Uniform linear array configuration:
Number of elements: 32
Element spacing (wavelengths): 1
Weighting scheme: hamming
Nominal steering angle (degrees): -30
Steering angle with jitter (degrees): -29.527
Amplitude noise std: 0.05
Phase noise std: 0.05

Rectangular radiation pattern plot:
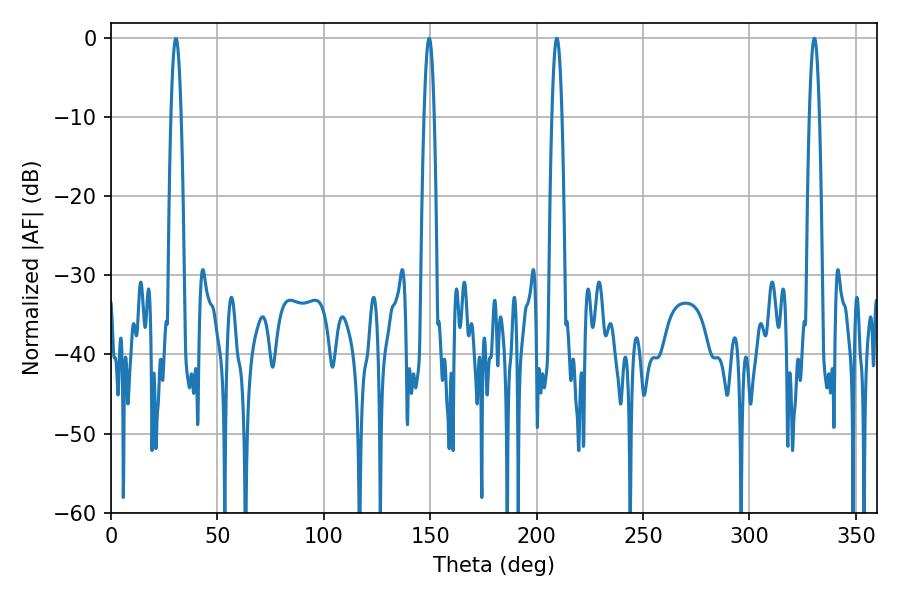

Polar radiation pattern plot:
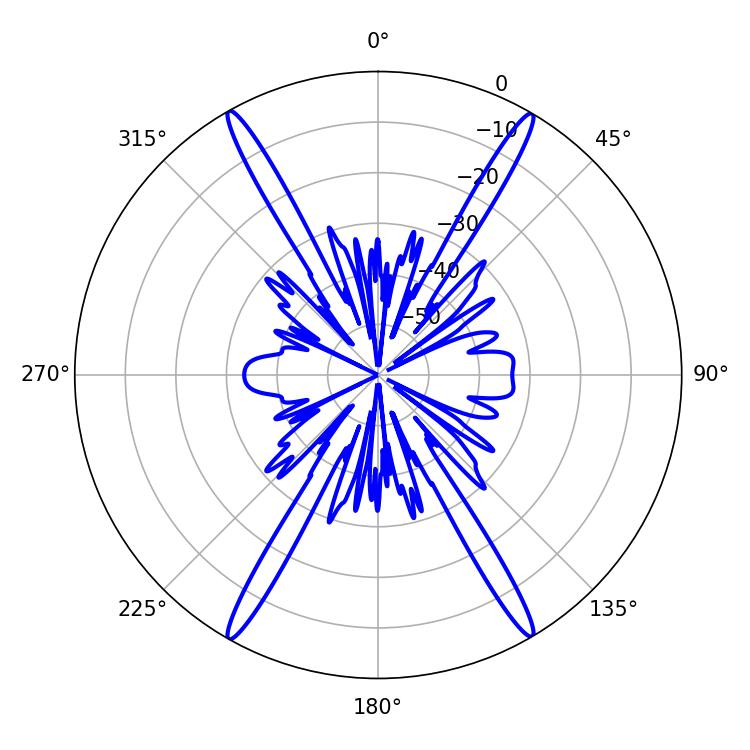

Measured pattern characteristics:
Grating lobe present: TRUE
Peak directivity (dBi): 29.689
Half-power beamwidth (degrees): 2.52
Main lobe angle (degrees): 209.52